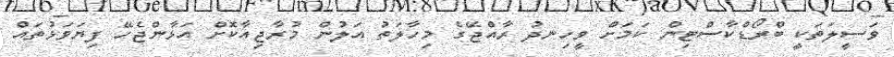
ވަސީލަތަކީ ބްރޯޑްކާސްޓިން ކަމަށް ވީހިނދު ރާއްޖޭގެ މިހާލަތު އަލުން މުރާޖިއާކޮށް އަޅާންޖެހޭ ފިޔަވަޅުތައް